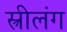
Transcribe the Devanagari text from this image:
स्त्रीलंग